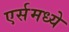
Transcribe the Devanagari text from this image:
एर्समध्ये